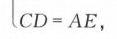
\(CD = AE\)